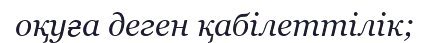
оқуға деген қабілеттілік;